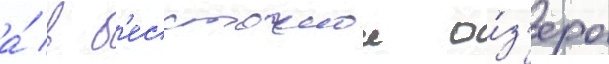
а́ в б'ессточное о́з'еро